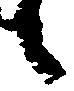
候